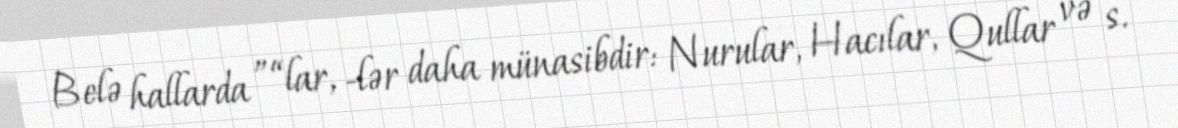
Belə hallarda ”“lar, -lər daha münasibdir: Nurular, Hacılar, Qullar və s.